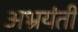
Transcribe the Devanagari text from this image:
अभ्रयंती